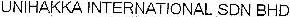
UNIHAKKA INTERNATIONAL SDN BHD